EELK_Kaarma_kogudus, lk 16
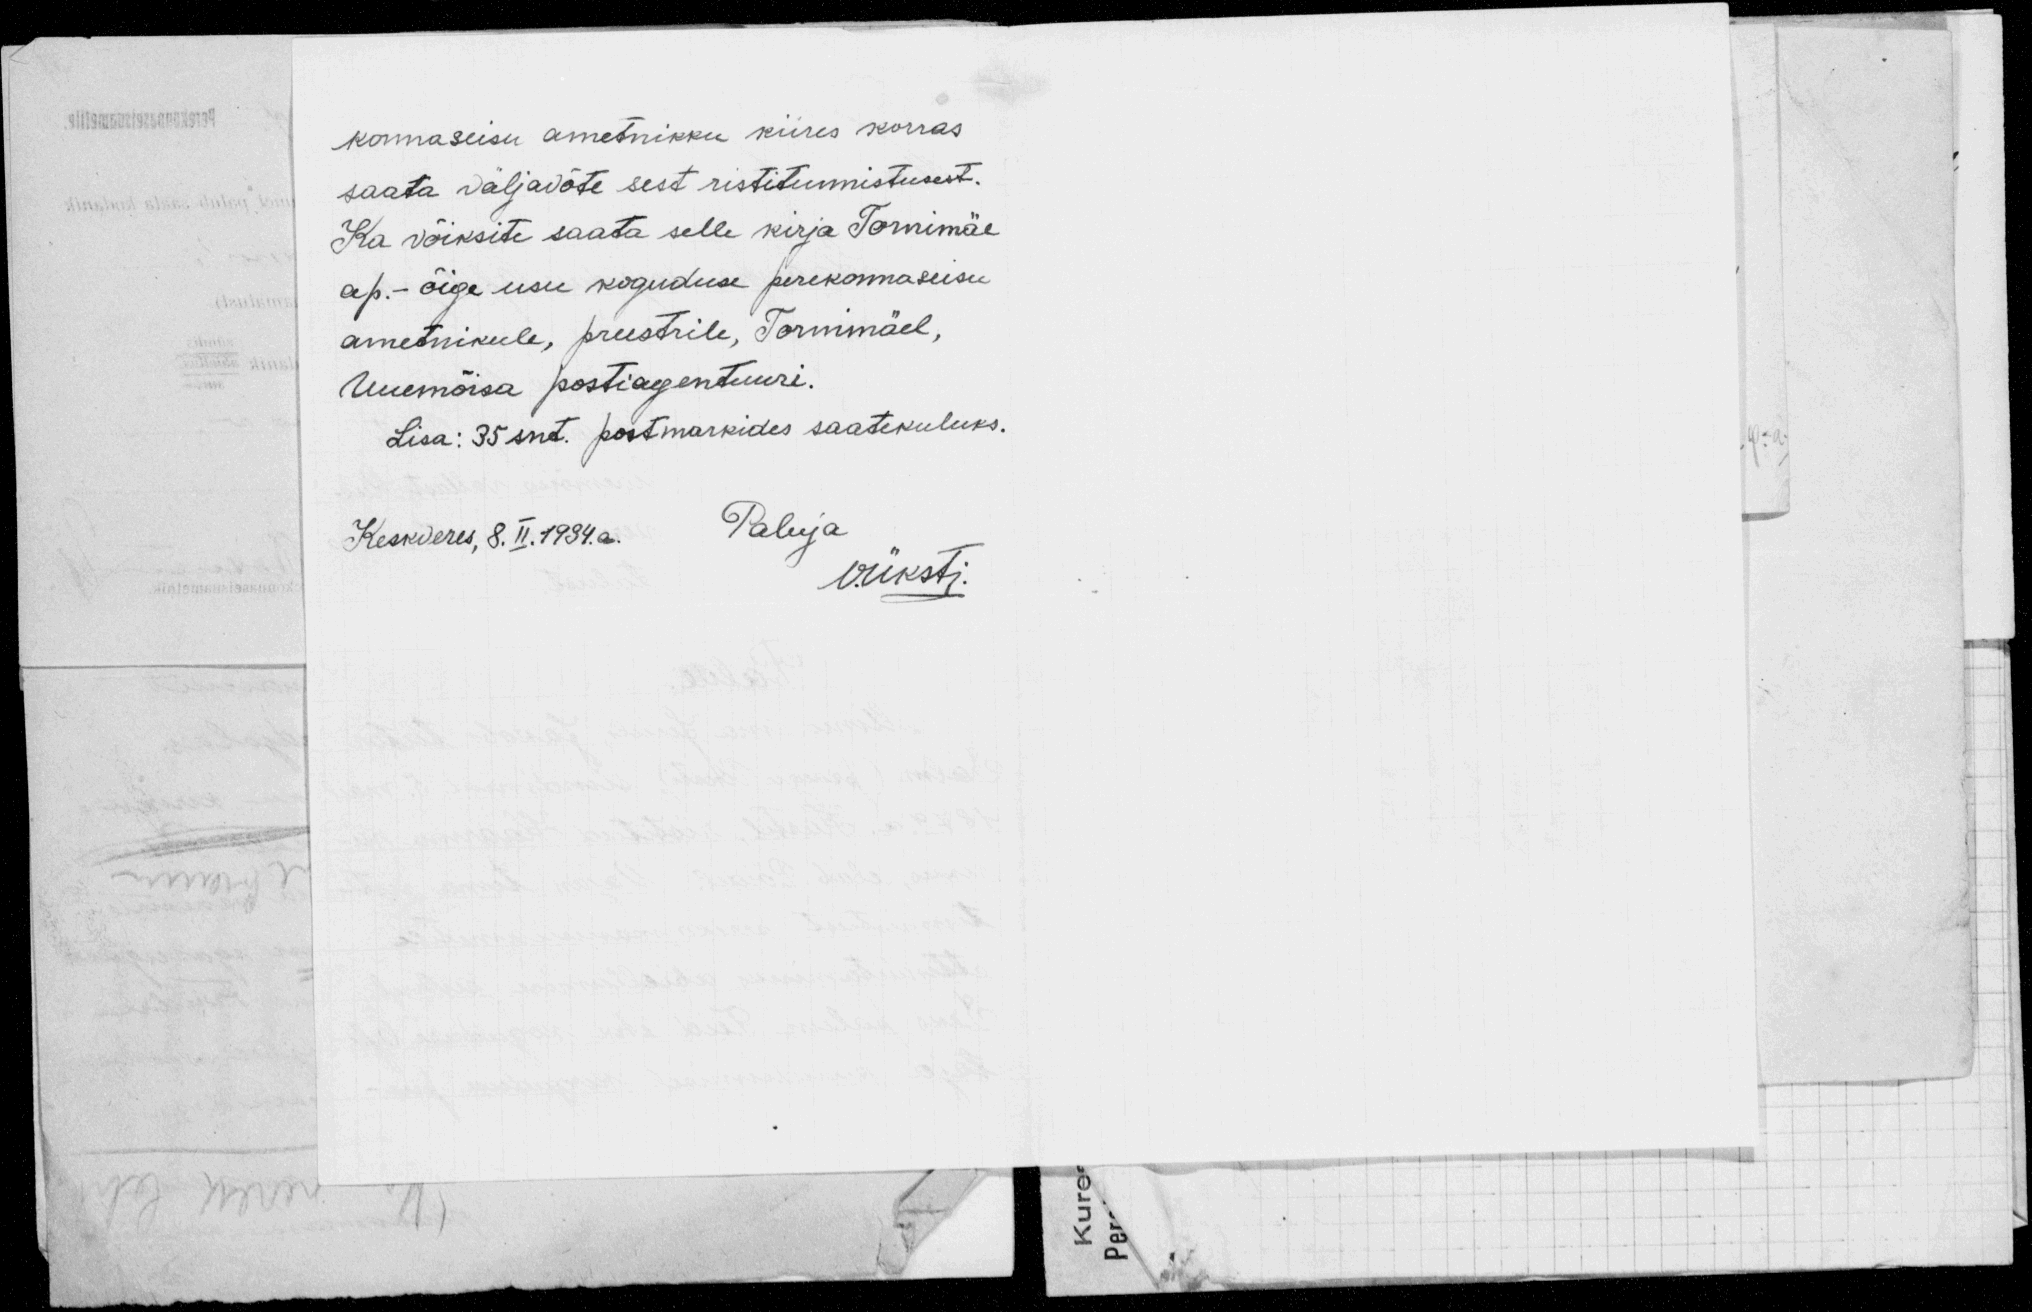
konnaseisu ametnikku kiires korras
saata väljavõte sest ristitunnistusest.
Ka võiksite saata selle kirja Tornimäe
ap.- õige usu koguduse perekonnaseisu
ametnikule, preestrile, Tornimäel,
Uuemõisa postiagentuuri.
Lisa: 35 snt. postmarkides saatekuluks.
Keskveres, 8. II. 1934. a.
Paluja
v.üksti.